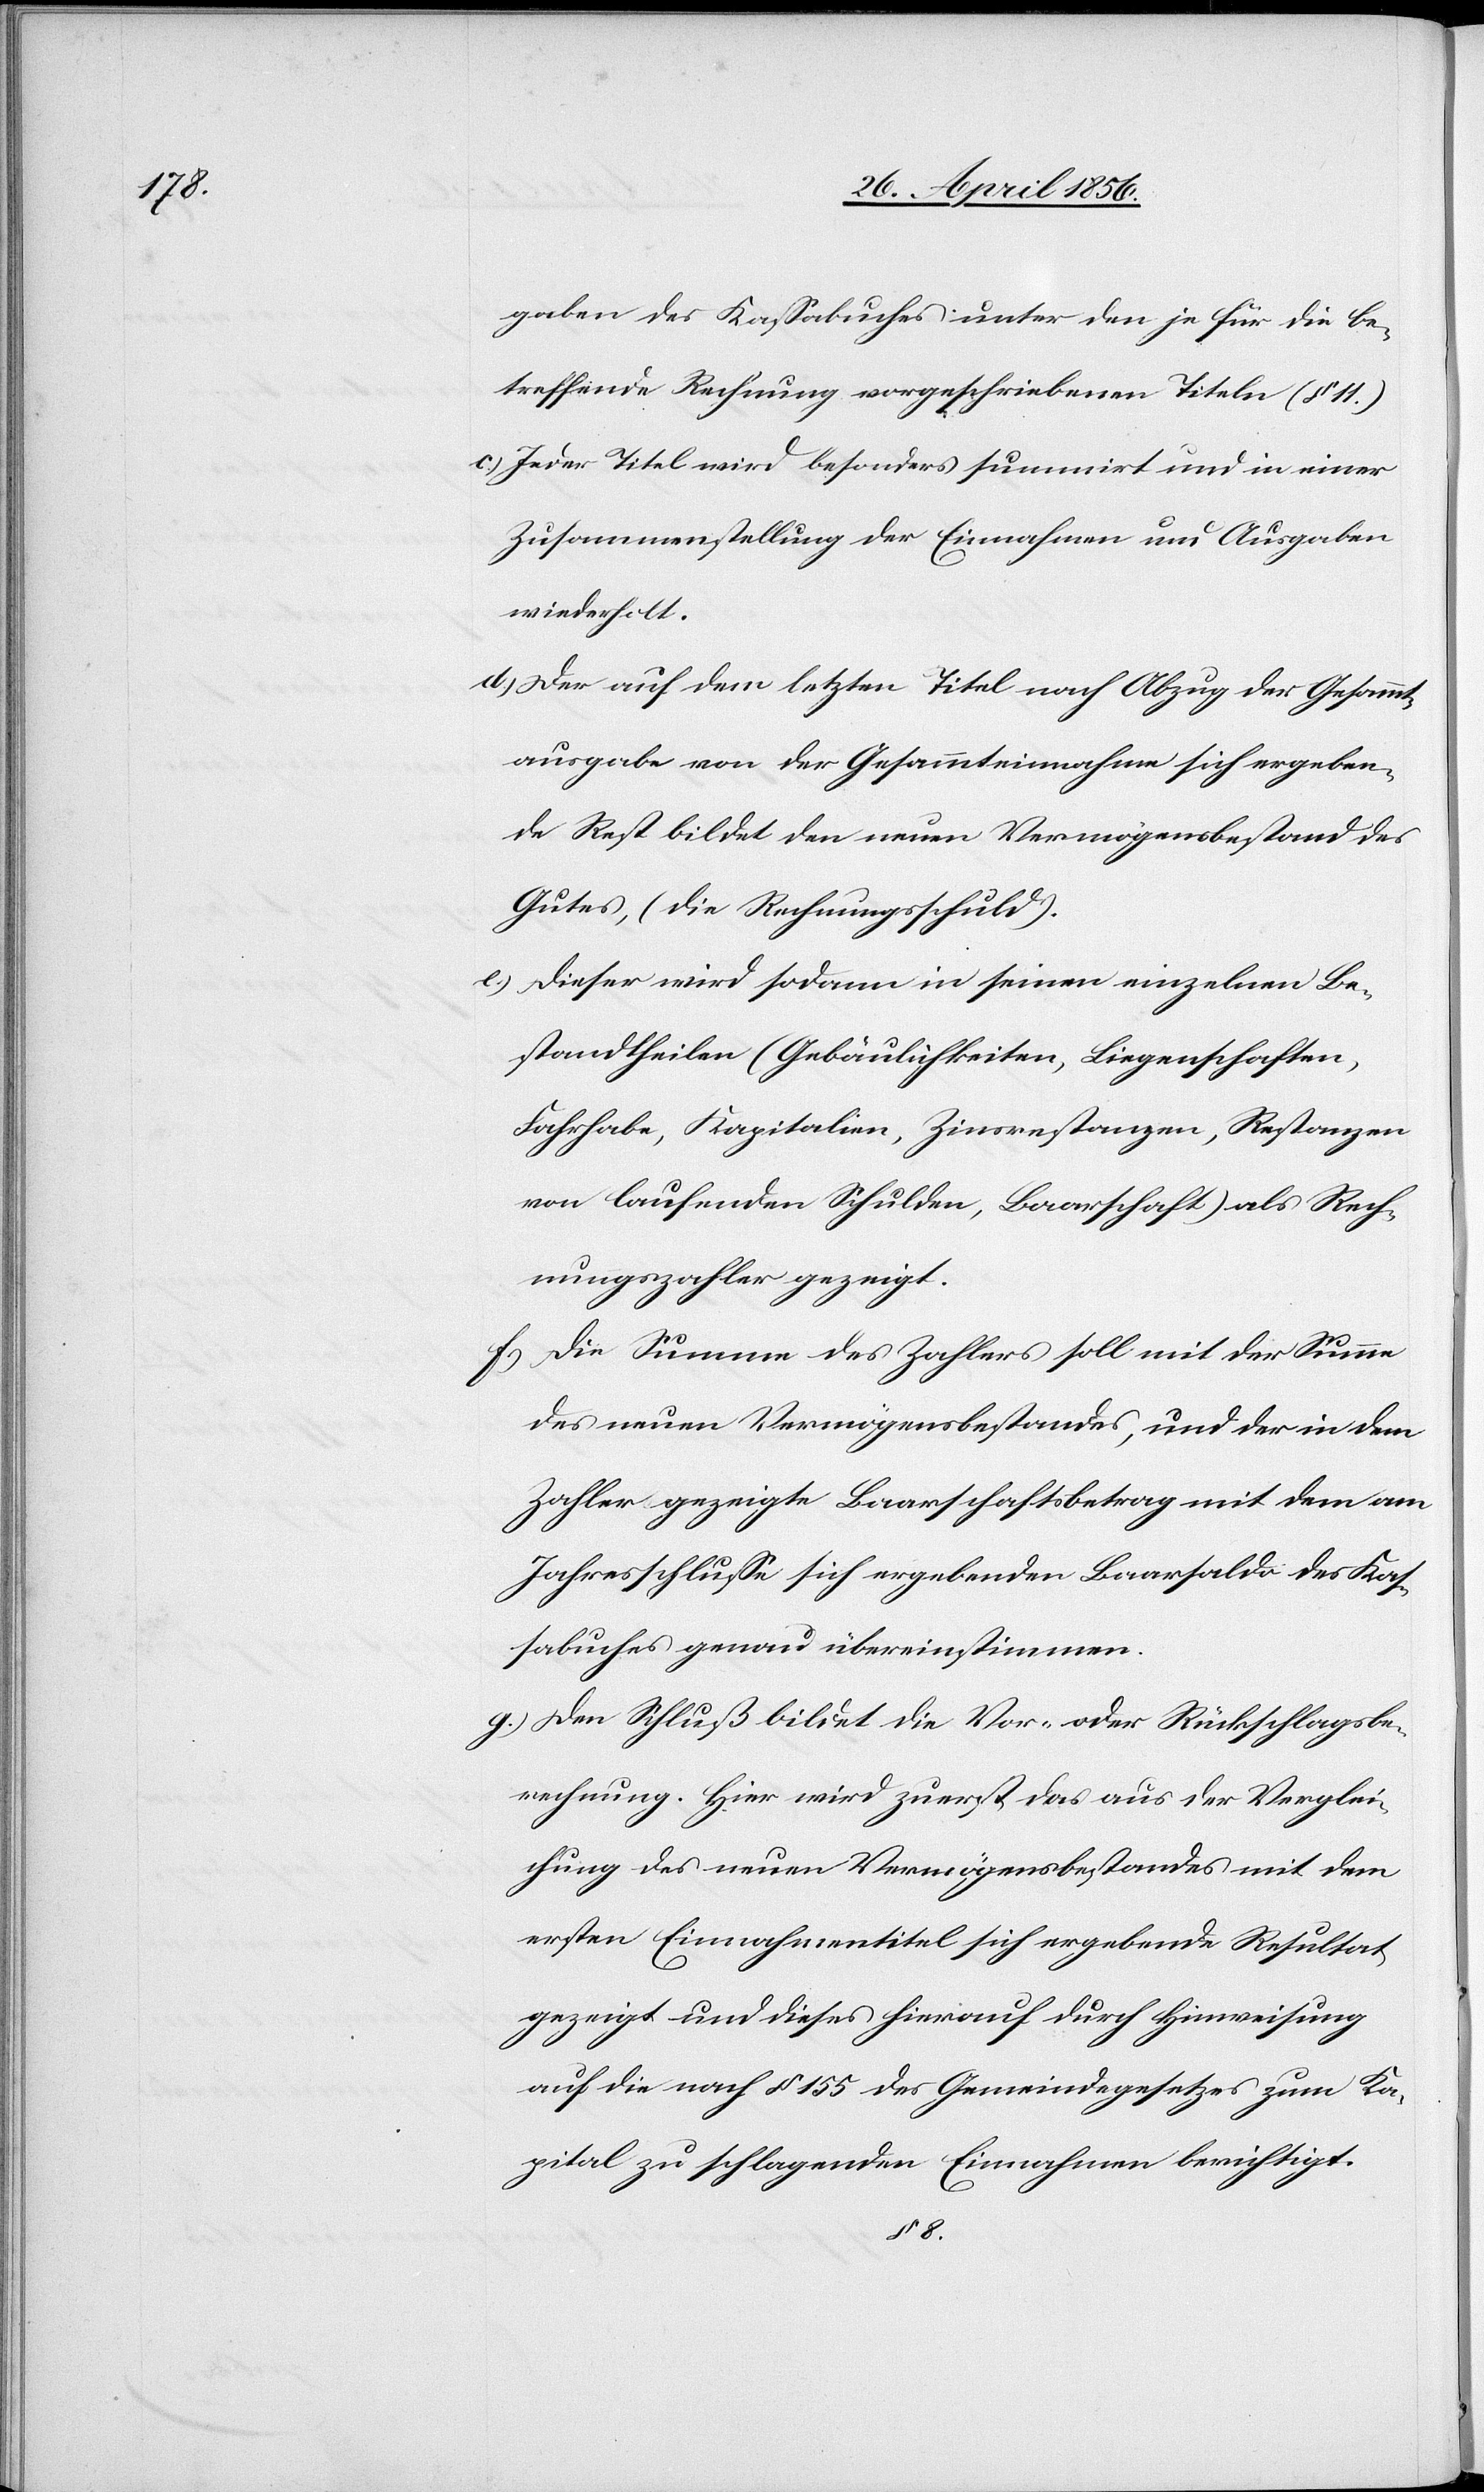
gaben des Kassabuches unter den je für die be¬
treffende Rechnung vorgeschriebenen Titeln (§ 11.)[.]
c.) Jeder Titel wird besonders summirt und in einer
Zusammenstellung der Einnahmen und Ausgaben
wiederholt.
d.) Der auf dem letzten Titel nach Abzug der Gesammt¬
ausgabe von der Gesammteinnahme sich ergeben¬
de Rest bildet den neuen Vermögensbestand des
Gutes, (die Rechnungsschuld).
e.) Dieser wird sodann in seinen einzelnen Be¬
standtheilen (Gebäulichkeiten, Liegenschaften,
Fahrhabe, Kapitalien, Zinsrestanzen, Restanzen
von laufenden Schulden, Baarschaft) als Rech¬
nungszahler gezeigt.
f.) Die Summe des Zahlers soll mit der Summe
des neuen Vermögensbestandes, und der in dem
Zahler gezeigte Baarschaftsbetrag mit dem am
Jahresschlusse sich ergebenden Baarsaldo des Kas¬
sabuches genau übereinstimmen.
g.) Den Schluß bildet die Vor- oder Rückschlagsbe¬
rechnung. Hier wird zuerst das aus der Verglei¬
chung des neuen Vermögensbestandes mit dem
ersten Einnahmentitel sich ergebende Resultat
gezeigt und dieses hierauf durch Hinweisung
auf die nach § 155 des Gemeindegesetzes zum Ka¬
pital zu schlagenden Einnahmen berichtigt.
§ 8.